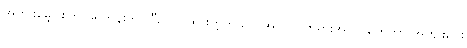
အကျိုးမျှော်စိတ် ရှေ့တန်းတင်ပြီး လုပ်ထားတဲ့ကုသိုလ်အလုပ်၊ တရားအလုပ်တွေဟာ အကျိုးပေး